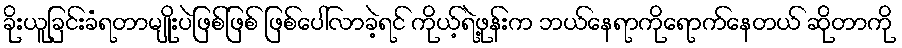
ခိုးယူခြင်းခံရတာမျိုးပဲဖြစ်ဖြစ် ဖြစ်ပေါ်လာခဲ့ရင် ကိုယ့်ရဲ့ဖုန်းက ဘယ်နေရာကိုရောက်နေတယ် ဆိုတာကို